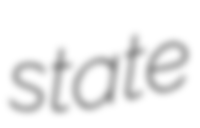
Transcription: state